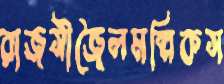
রাজসীজৈলমল্লিকস